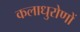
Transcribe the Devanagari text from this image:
कलाधुरोणों